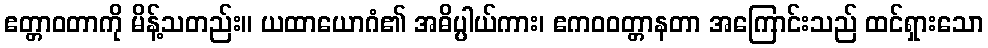
ဧတ္တာဝတာကို မိန့်သတည်း။ ယထာယောဂံ၏ အဓိပ္ပါယ်ကား၊ ဧကဝဝတ္တာနတာ အကြောင်းသည် ထင်ရှားသော